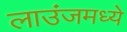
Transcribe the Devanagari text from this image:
लाउंजमध्ये